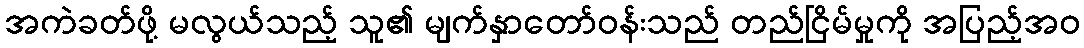
အကဲခတ်ဖို့ မလွယ်သည့် သူ၏ မျက်နှာတော်ဝန်းသည် တည်ငြိမ်မှုကို အပြည့်အဝ